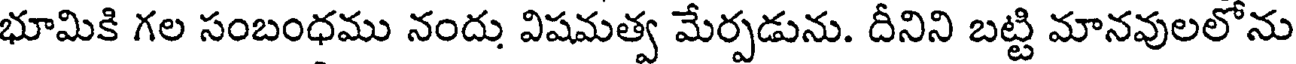
భూమికి గల సంబంధము నందు విషమత్వ మేర్పడును. దీనిని బట్టి మానవులలోను